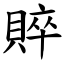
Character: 賥